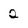
Character: 2